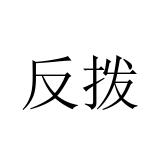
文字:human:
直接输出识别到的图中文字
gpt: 反拨